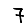
Digit: 7